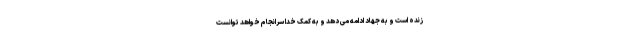
زنده است و به جهاد ادامه می دهد و به کمک خدا سرانجام خواهد توانست